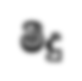
මීදු